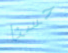
حسنا